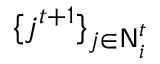
\{ j ^ { t + 1 } \} _ { j \in \mathsf { N } _ { i } ^ { t } }